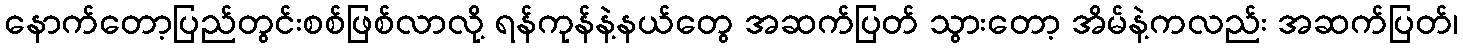
နောက်တော့ပြည်တွင်းစစ်ဖြစ်လာလို့ ရန်ကုန်နဲ့နယ်တွေ အဆက်ပြတ် သွားတော့ အိမ်နဲ့ကလည်း အဆက်ပြတ်၊